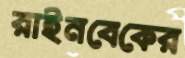
রাইনবেকের